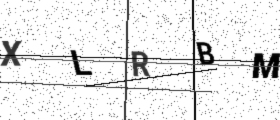
Text: XLRBM